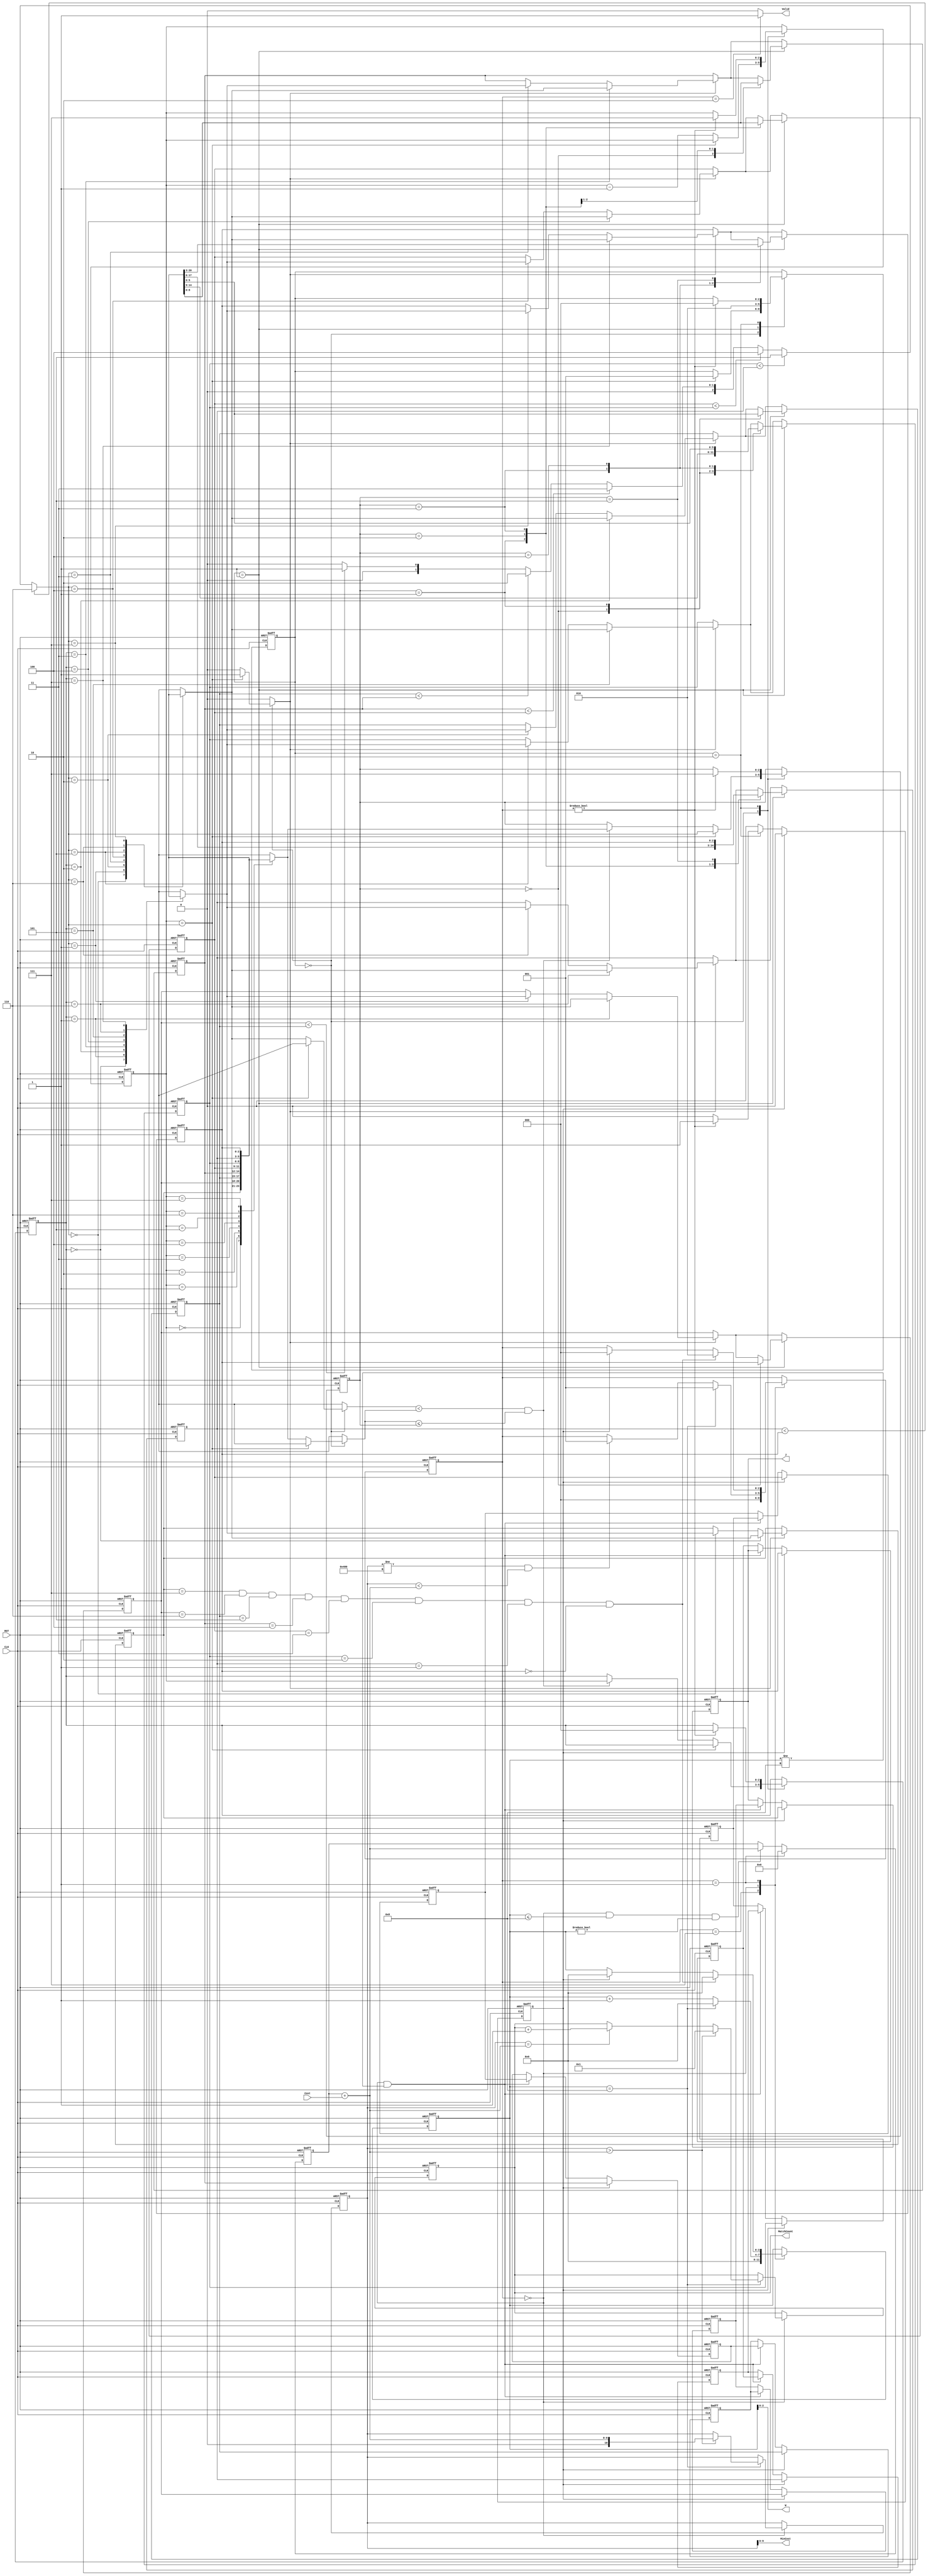
/******************************************************************/
//MODULE:		JAM
//VERSION:		1.0
//CODE TYPE:	RTL
//DESCRIPTION:	2022 Cell-Based IC Design Category for Graduate Level
//
//MODIFICATION HISTORY:
// VERSION Date Description
// 1.0 03/30/2022 Cell-Based IC Design Category for Graduate Level ,test pattern all pass
/******************************************************************/
module JAM (
input CLK,
input RST,
output [2:0] W,
output [2:0] J,
input [6:0] Cost,
output reg [3:0] MatchCount,
output [9:0] MinCost,
output Valid );

reg [2:0]dataN[7:0];
reg [2:0]dataN_reg[7:0];
reg [2:0]countA,countA_next;
reg [3:0]countC,countC_next;
reg [2:0]fsm1,fsm1_next;
reg [2:0]fsm2,fsm2_next;
reg [9:0]sum;
reg mod,mod_next;
reg [10:0]MinCost1,MinCost1_next;
reg [3:0]MatchCount_next;
reg [2:0]dataA,dataA_next;
reg [2:0]dataB,dataB_next;
reg ch;
reg [2:0]dataC;

wire [9:0]sum_add_cost;

assign W = countC[2:0];
assign J = dataN_reg[0];
assign Valid  = (fsm2 == 3'd2)? 1'b1:1'b0;
assign MinCost = MinCost1[9:0];
assign sum_add_cost = sum + Cost;

always @(posedge CLK,posedge RST) 
begin
    if(RST)
    begin
        dataN[0] <= 3'd0;
        dataN[1] <= 3'd1;
        dataN[2] <= 3'd2;
        dataN[3] <= 3'd3;
        dataN[4] <= 3'd4;
        dataN[5] <= 3'd5;
        dataN[6] <= 3'd6;
        dataN[7] <= 3'd7;
        dataN_reg[0] <= 3'd0;
        dataN_reg[1] <= 3'd1;
        dataN_reg[2] <= 3'd2;
        dataN_reg[3] <= 3'd3;
        dataN_reg[4] <= 3'd4;
        dataN_reg[5] <= 3'd5;
        dataN_reg[6] <= 3'd6;
        dataN_reg[7] <= 3'd7;

        countA <= 3'd7;

        countC <= 4'd0;
        fsm1 <= 3'd0;
        fsm2 <= 3'd7;
        mod <= 1'b0;
        MinCost1 <= 11'h400;
        MatchCount <= 4'd1;

        dataA <= 3'd7;
        dataB <= 3'd0;
        sum <= 10'd0;
    end
    else 
    begin
        if(fsm2 == 3'b0 && countC <= 4'd8 &&  countC != 4'd0)
            sum <= sum_add_cost;
        if(fsm2 == 3'b1)
            sum <= 10'd0;
              
        if(ch == 1'b1)
        begin
            dataN[dataC] <= dataN[dataB];
            dataN[dataB] <= dataN[dataC];
        end
        if(fsm1 == 3'd1)
        begin
            case(dataA)
                3'd0:
                begin
                    dataN[1] <= dataN[7];
                    dataN[7] <= dataN[1];
                    dataN[2] <= dataN[6];
                    dataN[6] <= dataN[2];
                    dataN[3] <= dataN[5];
                    dataN[5] <= dataN[3];
                end
                3'd1:
                begin
                    dataN[2] <= dataN[7];
                    dataN[7] <= dataN[2];
                    dataN[3] <= dataN[6];
                    dataN[6] <= dataN[3];
                    dataN[4] <= dataN[5];
                    dataN[5] <= dataN[4];
                end
                3'd2:
                begin
                    dataN[3] <= dataN[7];
                    dataN[7] <= dataN[3];
                    dataN[4] <= dataN[6];
                    dataN[6] <= dataN[4];
                end
                3'd3:
                begin
                    dataN[4] <= dataN[7];
                    dataN[7] <= dataN[4];
                    dataN[5] <= dataN[6];
                    dataN[6] <= dataN[5];
                end
                3'd4:
                begin
                    dataN[5] <= dataN[7];
                    dataN[7] <= dataN[5];
                end
                3'd5:
                begin
                    dataN[6] <= dataN[7];
                    dataN[7] <= dataN[6];
                end
            endcase
            
        end 
        if(mod == 1'b1)
        begin
            dataN_reg[0] <= dataN[0];
            dataN_reg[1] <= dataN[1];
            dataN_reg[2] <= dataN[2];
            dataN_reg[3] <= dataN[3];
            dataN_reg[4] <= dataN[4];
            dataN_reg[5] <= dataN[5];
            dataN_reg[6] <= dataN[6];
            dataN_reg[7] <= dataN[7];
        end
        else if(fsm2 == 3'd0 && countC != 4'd8)
        begin
            dataN_reg[0] <= dataN_reg[1];
            dataN_reg[1] <= dataN_reg[2];
            dataN_reg[2] <= dataN_reg[3];
            dataN_reg[3] <= dataN_reg[4];
            dataN_reg[4] <= dataN_reg[5];
            dataN_reg[5] <= dataN_reg[6];
            dataN_reg[6] <= dataN_reg[7];
            dataN_reg[7] <= dataN_reg[0];
        end
        if(mod == 1'b1)
            mod <= 1'b0;
        else
            mod <= mod_next;
        countA <= countA_next;
        countC <= countC_next;
        fsm1 <= fsm1_next;
        fsm2 <= fsm2_next;
        MinCost1 <= MinCost1_next;
        MatchCount <= MatchCount_next;

        dataA <= dataA_next;
        dataB <= dataB_next;

    end
end


always@(*)
begin
    case(fsm2)
        3'd7:
        begin
            fsm2_next = 3'd0;
            countC_next = 4'd0; 
            MinCost1_next = MinCost1;
            MatchCount_next = MatchCount;
        end
        3'd0:
        begin
            if(countC == 4'd8)
            begin
                fsm2_next = 3'd1;
                countC_next = 4'd0;
                if(MinCost1 > sum_add_cost)
                begin
                    MinCost1_next = sum_add_cost;
                    MatchCount_next = 4'd1;
                end
                else if(MinCost1 == sum_add_cost)
                begin
                    MatchCount_next = MatchCount + 4'd1;
                    MinCost1_next = MinCost1;
                end 
                else
                begin
                    MinCost1_next = MinCost1;
                    MatchCount_next = MatchCount;
                end
            end
            else
            begin
                if(MinCost1 != 11'h400 && MinCost1 < sum_add_cost)
                    fsm2_next = 3'd1;
                else
                    fsm2_next = fsm2;
                countC_next = countC + 4'd1; 
                MinCost1_next = MinCost1;
                MatchCount_next = MatchCount;
            end
        end
        3'd1:
        begin
            if(
                dataN[0] == 3'd7 &&
                dataN[1] == 3'd6 &&
                dataN[2] == 3'd5 &&
                dataN[3] == 3'd4 &&
                dataN[4] == 3'd3 &&
                dataN[5] == 3'd2 &&
                dataN[6] == 3'd1 &&
                dataN[7] == 3'd0
            )
            begin
                fsm2_next = 3'd2;
                countC_next =  4'd0;
                MinCost1_next = MinCost1;
                MatchCount_next = MatchCount;
            end
            else
            begin
                if(mod)
                begin
                    fsm2_next = 3'd0;
                    countC_next = 4'd0; 
                    MinCost1_next = MinCost1;
                    MatchCount_next = MatchCount;
                end
                else
                begin
                    fsm2_next = fsm2;
                    countC_next = countC; 
                    MinCost1_next = MinCost1;
                    MatchCount_next = MatchCount;
                end
            end
        end
        default:
        begin
            fsm2_next = fsm2;
            countC_next = countC; 
            MinCost1_next = MinCost1;
            MatchCount_next = MatchCount;
        end
    endcase
end

always@(*)
begin
    if(dataN[6] < dataN[7])
    begin
        dataC = 3'd6;
    end
    else if(dataN[5] < dataN[6])
    begin
        dataC = 3'd5;
    end
    else if(dataN[4] < dataN[5])
    begin
        dataC = 3'd4;
    end
    else if(dataN[3] < dataN[4])
    begin
        dataC = 3'd3;
    end
    else if(dataN[2] < dataN[3])
    begin
        dataC = 3'd2;
    end
    else if(dataN[1] < dataN[2])
    begin
        dataC = 3'd1;
    end
    else
    begin
        dataC = 3'd0;
    end
end

always@(*)
begin
    case(fsm1)
        3'd0:
        begin
            mod_next = mod;
            if(countA == dataC)
            begin
                countA_next = countA;
                dataA_next = dataC;
                dataB_next = dataB;
                fsm1_next = 3'd1;
                ch = 1'b1;
            end
            else
            begin
                countA_next = countA - 3'd1;
                fsm1_next = fsm1;
                ch = 1'b0;

                if(dataN[dataC] < dataN[countA] && dataN[countA] <= dataA)
                begin
                    dataA_next = dataN[countA];
                    dataB_next = countA;
                end
                else
                begin
                    dataA_next = dataA;
                    dataB_next = dataB;
                end
            end
        end
        3'd1:
        begin
            countA_next = countA;
            dataA_next = dataA;
            dataB_next = dataB;
            fsm1_next = 3'd2;
            mod_next = mod;
            ch = 1'b0;
        end
        3'd2:
        begin
            ch = 1'b0;
            if(fsm2 != 3'd0)
            begin
                fsm1_next = 3'd0;
                countA_next = 3'd7;
                dataA_next = 3'd7;
                dataB_next = 3'd0;
                mod_next = 1'b1;
            end
            else
            begin
                fsm1_next = fsm1;
                countA_next = countA;
                dataA_next = dataA;
                dataB_next = dataB;
                mod_next = mod;
            end
        end 
        default:
        begin
            countA_next = countA;
            dataA_next = dataA;
            dataB_next = dataB;
            fsm1_next = fsm1;
            mod_next = mod;
            ch = 1'b0;
        end 
    endcase
end

endmodule